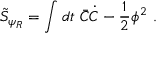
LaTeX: \tilde { S } _ { \psi _ { R } } = \int d t \ \bar { C } \dot { C } - { \frac { 1 } { 2 } } \phi ^ { 2 } \ .